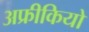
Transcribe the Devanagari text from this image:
अफ्रीकियो